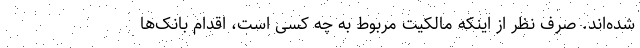
شده‌اند. صرف نظر از اینکه مالکیت مربوط به چه کسی است، اقدام بانک‌ها